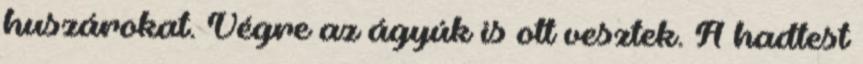
huszárokat. Végre az ágyúk is ott vesztek. A hadtest